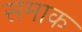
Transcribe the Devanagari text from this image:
समाक